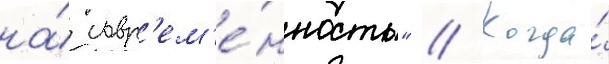
на́ совр'ем'е́нность" // Когда́